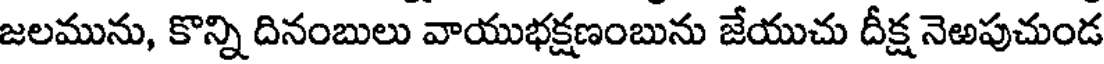
జలమును, కొన్ని దినంబులు వాయుభక్షణంబును జేయుచు దీక్ష నెఱపుచుండ